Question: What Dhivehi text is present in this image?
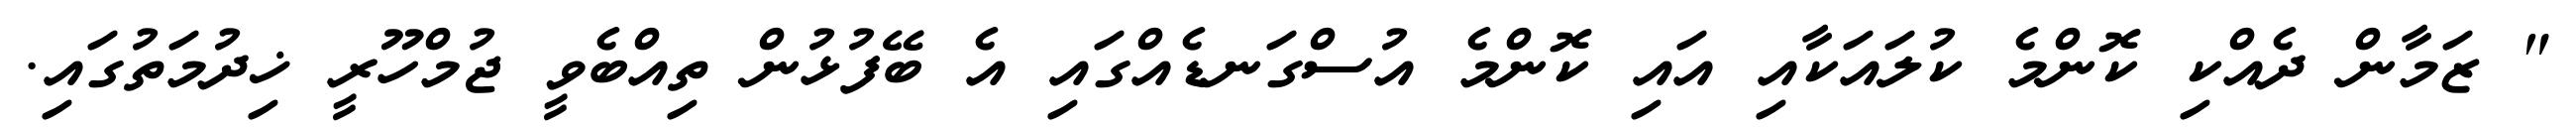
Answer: " ޒަމާން ދެއްކި ކޮންމެ ކުލައަކާއި އައި ކޮންމެ އުސްގަނޑެއްގައި އެ ބޭފުޅުން ތިއްބެވީ ޖުމްހޫރީ ޚިދުމަތުގައި.